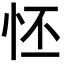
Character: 怌